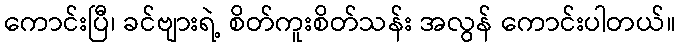
ကောင်းပြီ၊ ခင်ဗျားရဲ့ စိတ်ကူးစိတ်သန်း အလွန် ကောင်းပါတယ်။